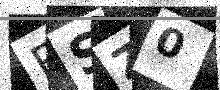
Text: BSZ0